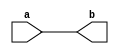
module test (input [4:0] a, output reg [4:0] b);
    always @ *
        b = a;
endmodule